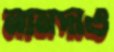
নানদাও